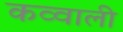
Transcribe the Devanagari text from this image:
कव्‍वाली